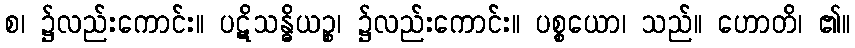
စ၊ ၌လည်းကောင်း။ ပဋိသန္ဓိယဉ္စ၊ ၌လည်းကောင်း။ ပစ္စယော၊ သည်။ ဟောတိ၊ ၏။